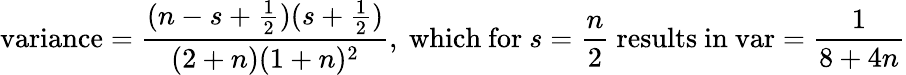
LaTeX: {\mathrm{variance}}={\frac{(n-s+{\frac{1}{2}})(s+{\frac{1}{2}})}{(2+n)(1+n)^{2}}},{\mathrm{~which~for~}}s={\frac{n}{2}}{\mathrm{~results~in~var}}={\frac{1}{8+4n}}